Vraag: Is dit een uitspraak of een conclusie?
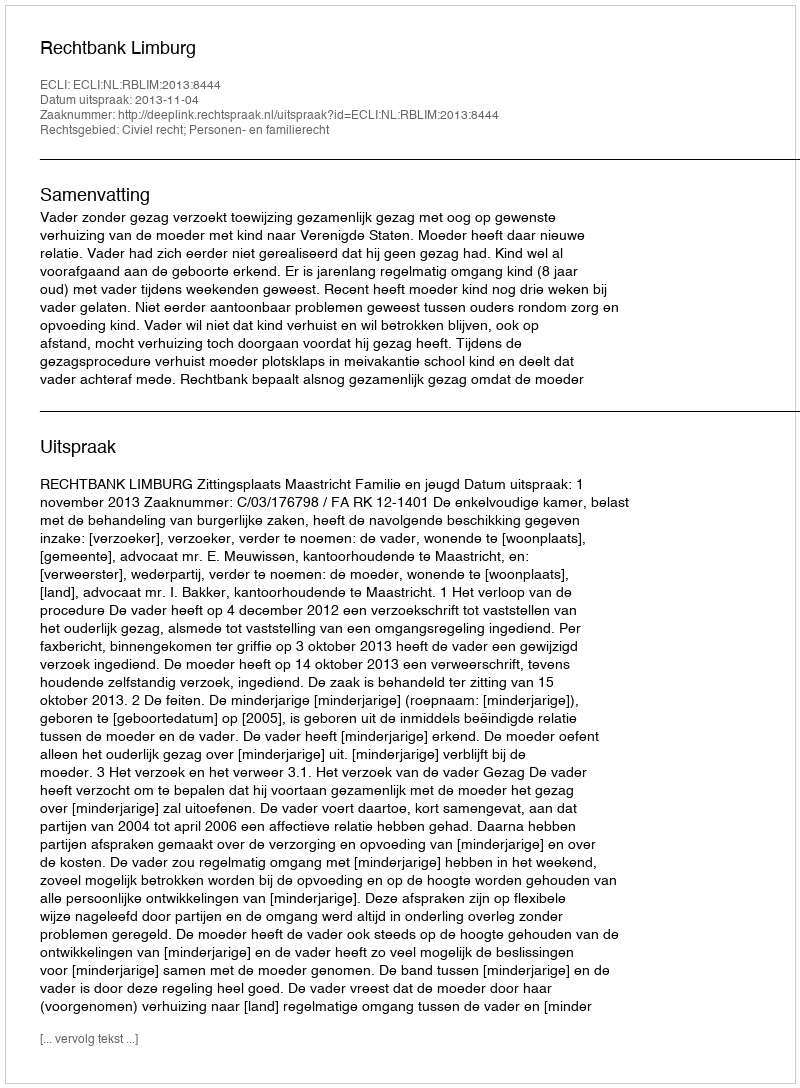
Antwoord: Uitspraak